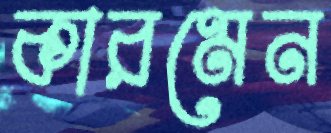
কারমেন